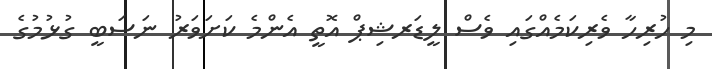
މި ހުރިހާ ވެރިކަމެއްގައި ވެސް ލީޑަރޝިޕް އޮތީ އެންމެ ކަށަވަރު ނަސަބީ ގުޅުމުގެ